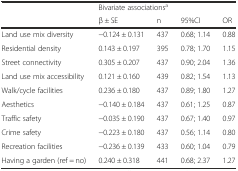
<table><thead><tr><td></td><td colspan="4"><b>Bivariate associations<sup>a</sup></b></td></tr><tr><td></td><td><b>β ± SE</b></td><td><b>n</b></td><td><b>95%CI</b></td><td><b>OR</b></td></tr></thead><tbody><tr><td>Land use mix diversity</td><td>−0.124 ± 0.131</td><td>437</td><td>0.68; 1.14</td><td>0.88</td></tr><tr><td>Residential density</td><td>0.143 ± 0.197</td><td>395</td><td>0.78; 1.70</td><td>1.15</td></tr><tr><td>Street connectivity</td><td>0.305 ± 0.207</td><td>437</td><td>0.90; 2.04</td><td>1.36</td></tr><tr><td>Land use mix accessibility</td><td>0.121 ± 0.160</td><td>439</td><td>0.82; 1.54</td><td>1.13</td></tr><tr><td>Walk/cycle facilities</td><td>0.236 ± 0.180</td><td>437</td><td>0.89; 1.80</td><td>1.27</td></tr><tr><td>Aesthetics</td><td>−0.140 ± 0.184</td><td>437</td><td>0.61; 1.25</td><td>0.87</td></tr><tr><td>Traffic safety</td><td>−0.035 ± 0.190</td><td>437</td><td>0.67; 1.40</td><td>0.97</td></tr><tr><td>Crime safety</td><td>−0.223 ± 0.180</td><td>437</td><td>0.56; 1.14</td><td>0.80</td></tr><tr><td>Recreation facilities</td><td>−0.236 ± 0.139</td><td>433</td><td>0.60; 1.04</td><td>0.79</td></tr><tr><td>Having a garden (ref = no)</td><td>0.240 ± 0.318</td><td>441</td><td>0.68; 2.37</td><td>1.27</td></tr></tbody></table>